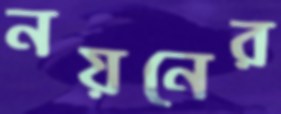
নয়নের